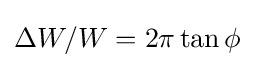
\Delta W/W=2\pi \tan \phi